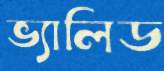
ভ্যালিড